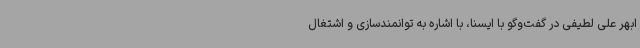
ابهر علی لطیفی در گفت‌وگو با ایسنا، با اشاره به توانمندسازی و اشتغال